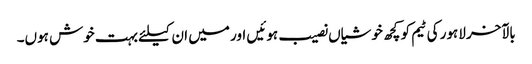
بالآخر لاہور کی ٹیم کو کچھ خوشیاں نصیب ہوئیں اور میں ان کیلئے بہت خوش ہوں۔